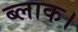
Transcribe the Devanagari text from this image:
ब्‍लाक।